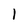
Character: l